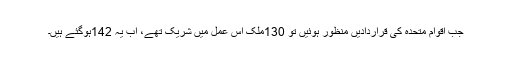
جب اقوام متحدہ کی قراردادیں منظور ہوئیں تو 130ملک اس عمل میں شریک تھے، اب یہ 142ہوگئے ہیں۔